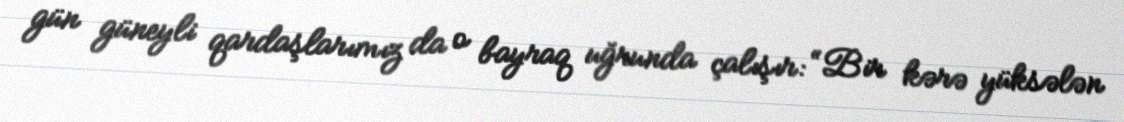
gün güneyli qardaşlarımız da o bayraq uğrunda çalışır: “Bir kərə yüksələn